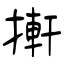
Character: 搟